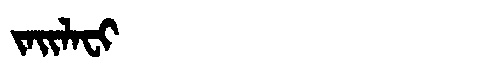
Manchu: ᠵᠠᡳᠯᠠᠸᡳ
Romanization: JAILAFI